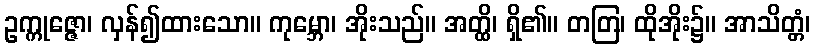
ဥက္ကုဇ္ဇော၊ လှန်၍ထားသော။ ကုမ္ဘော၊ အိုးသည်။ အတ္ထိ၊ ရှိ၏။ တတြ၊ ထိုအိုး၌။ အာသိတ္တံ၊